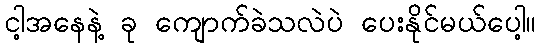
ငါ့အနေနဲ့ ခု ကျောက်ခဲသလဲပဲ ပေးနိုင်မယ်ပေါ့။